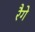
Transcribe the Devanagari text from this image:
रैगे